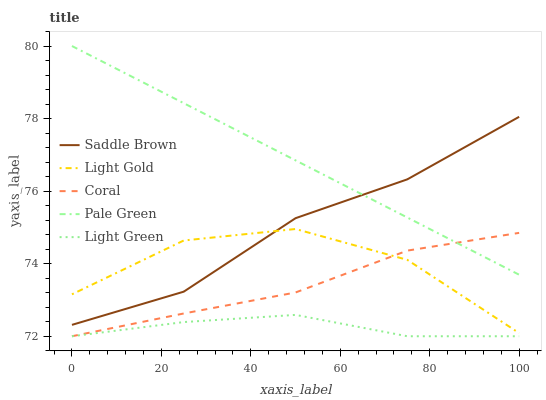
| xaxis_label | Saddle Brown | Light Gold | Coral | Pale Green | Light Green |
 | --- | --- | --- | --- | --- | --- |
 | 0 | 72.3 | 73.2 | 72 | 80 | 72 |
 | 25 | 73.2 | 74.6 | 72.6 | 78.4 | 72.4 |
 | 50 | 75.3 | 75 | 73.2 | 76.8 | 72.6 |
 | 75 | 76.3 | 74.1 | 74.4 | 75.3 | 72 |
 | 100 | 78 | 72.1 | 74.8 | 73.7 | 72 |